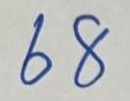
68